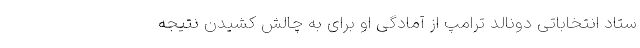
ستاد انتخاباتی دونالد ترامپ از آمادگی او برای به چالش کشیدن نتیجه